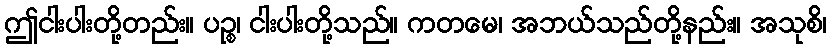
ဤငါးပါးတို့တည်း။ ပဉ္စ၊ ငါးပါးတို့သည်။ ကတမေ၊ အဘယ်သည်တို့နည်း။ အသုစိ၊